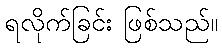
ရလိုက်ခြင်း ဖြစ်သည်။